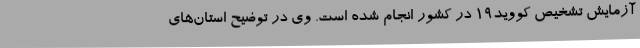
آزمایش تشخیص کووید19 در کشور انجام شده است. وی در توضیح استان‌های